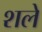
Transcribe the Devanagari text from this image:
शले